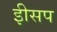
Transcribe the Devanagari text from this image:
इीसप